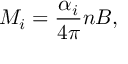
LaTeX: M _ { i } = { \frac { \alpha _ { i } } { 4 \pi } } n B ,